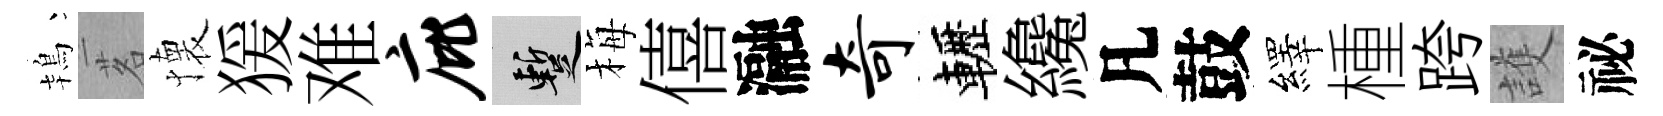
鴇茗懐猨难庇暫梅僖瀜奇轣纔凡鼓繹㮔跨護祕